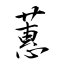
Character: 蕙